Report on sanitation, dispensaries, and jails in Rajputana for 1911, and on vaccination for the year 1911-1912 - 1911-1912
Year: 1911
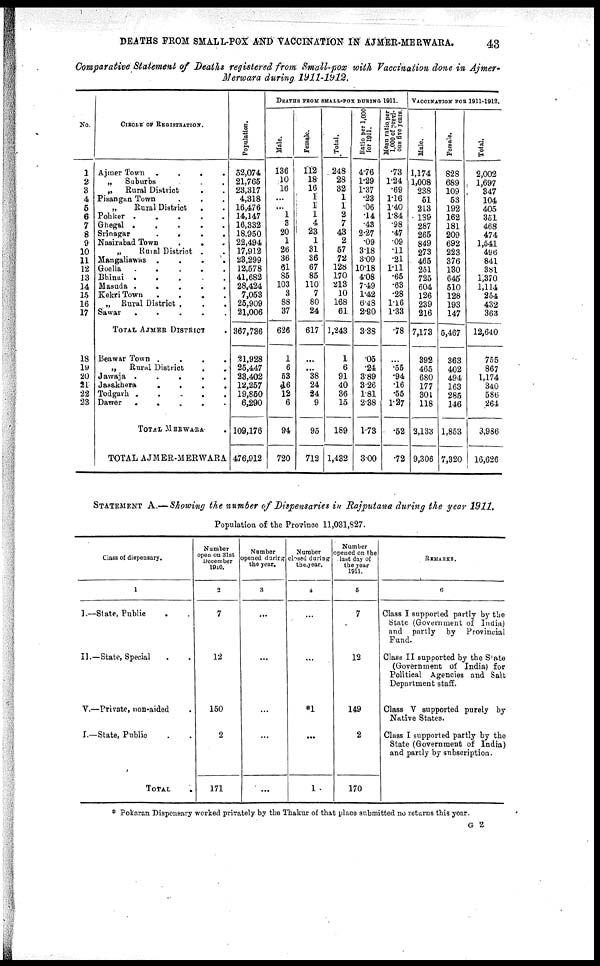
DEATHS FROM SMALL-POX AND VACCINATION IN AJMER-MERWARA.
43
Comparative Statement of Deaths registered from Small-pox with Vaccination done in Ajmer¬
Merwara during 1911-1912.
No.
1
2
3
4
5
6
7
8
9
10
11
12
13
14
15
16
17
18
19
20
21
22
23
CIRCLE OF REGISTRATION.
Aimer Town
.
. . .
„
Suburbs . . .
„
Rural District . .
Pisangan Town . . .
„
Rural District
. .
Pohker .
.
.
.
.
Ghegal .
.
.
.
.
Srinagar
.
.
. .
Nasirabad Town
.
. .
„
Rural District . .
Mangaliawas .
.
.
.
Goella
.
.
.
.
.
Bhinai .
. . . .
Masuda .
.
.
.
.
Kekri Town
.
.
.
.
„ Rural District . . .
Sawar
.
.
.
.
.
TOTAL AJMER DISTRICT
.
Beawar Town .
.
.
.
„
Rural District
.
.
Jawaja .
.
.
.
.
Jasakhera
.
.
.
.
Todgarh . .
.
.
.
Dawer
.
.
.
.
.
TOTAL MERWARA .
TOTAL AJMER-MERWARA
Population.
52,074
21,765
23,317
4,318
16,476
14,147
16,332
18,950
22,494
17,912
23,299
12,578
41,682
28,424
7,053
25,909
21,006
367,736
21,928
25,447
23,402
12,257
19,850
6,290
109,176
476,912
DEATHS FROM SMALL-POX DURING 1911.
Male.
136
10
16
...
...
1
3
20
1
26
36
61
85
103
3
88
37
626
1
6
53
16
12
6
94
720
Female.
112
18
16
1
1
1
4
23
1
31
36
67
85
110
7
80
24
617
...
...
38
24
24
9
95
712
Total.
248
28
32
1
1
2
7
43
2
57
72
128
170
213
10
168
61
1,243
1
6
91
40
36
15
189
1,432
Ratio per 1,000
for 1911.
4.76
1.29
1.37
.23
.06
.14
.43
2.27
.09
3.18
3.09
10.18
4.08
7.49
1.42
6.48
2.90
3.38
.05
.24
3.89
3.26
1.81
2.38
1.73
3.00
Mean ratio per
1,000 of previ¬
ous five years.
.73
1.24
.69
1.16
1.40
1.84
.98
.47
.09
.11
.21
1.11
.65
.63
.28
1.16
1.33
.78
...
.55
.94
.16
.55
1.27
.52
.72
VACCINATION FOR 1911-1912.
Male.
1,174
1,008
238
51
213
189
287
265
849
273
465
251
725
604
126
239
216
7,173
392
465
680
177
301
118
2,133
9,306
Female.
828
689
109
53
192
162
181
209
692
223
376
130
645
510
128
193
147
5,467
363
402
494
163
285
146
1,853
7,320
Total.
2,002
1,697
347
104
405
351
468
474
1,541
496
841
381
1,370
1,114
254
432
363
12,640
755
867
1,174
340
586
264
3,986
16,626
STATEMENT A.—Showing the number of Dispensaries in Rajputana during the year 1911.
Population of the Province 11,031,827.
Class of dispensary.
1
I.—State, Public . .
II .—State, Special . .
V.—Private, non-aided .
I.—State, Public . .
TOTAL .
Number
open on 31st
December
1910.
2
7
12
150
2
171
Number
opened during
the year.
3
...
...
...
...
...
Number
closed during
the year.
4
...
...
*1
...
1
Number
opened on the
last day of
the year
1911.
5
7
12
149
2
170
REMARKS.
6
Class I supported partly by the
State (Government of India)
and partly by Provincial
Fund.
Class II supported by the State
(Government of India) for
Political Agencies and Salt
Department staff.
Class V supported purely by
Native States.
Class I supported partly by the
State (Government of India)
and partly by subscription.
* Pokaran Dispensary worked privately by the Thakur of that place submitted no returns this year.
G 2